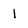
Character: 1